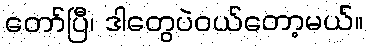
တော်ပြီ၊ ဒါတွေပဲဝယ်တော့မယ်။